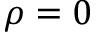
\rho = 0